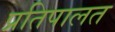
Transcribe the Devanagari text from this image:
प्रतिपालत